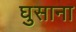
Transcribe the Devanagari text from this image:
घुसाना